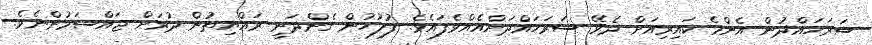
ސަރަހައްދުން އެންމެ ކައިރިއަށް ދެވޭ ސަރަހައްދަށްއެއްވެފައެވެ. ފުލުހުން ގެންދަނީ ރައްޔިތުން ދުރަށް ޖައްސަމުންނެވެ.